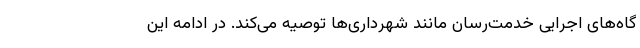
گاه‌های اجرایی خدمت‌رسان مانند شهرداری‌ها توصیه می‌کند. در ادامه این